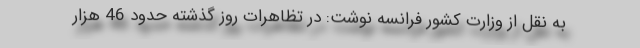
به نقل از وزارت کشور فرانسه نوشت: در تظاهرات روز گذشته حدود 46 هزار